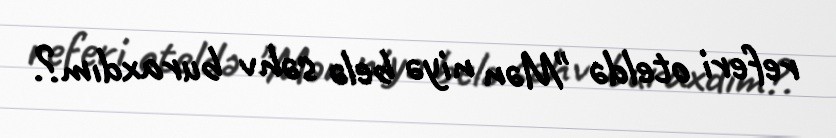
referi oteldə "Mən niyə belə səhv buraxdım?.